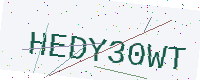
Text: HEDY30WT